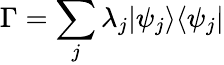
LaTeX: \Gamma=\sum_{j}\lambda_{j}\vert\psi_{j}\rangle\langle\psi_{j}\vert